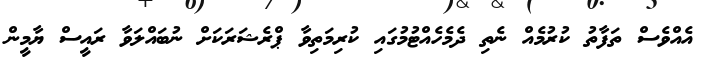
އެއްވެސް ތަފާތު ކުރުމެއް ނެތި ދެމެހެއްޓުމުގައި ކުރިމަތިވާ ޕްރެޝަރަކަށް ނުބައްލަވާ ރައީސް ޔާމީން